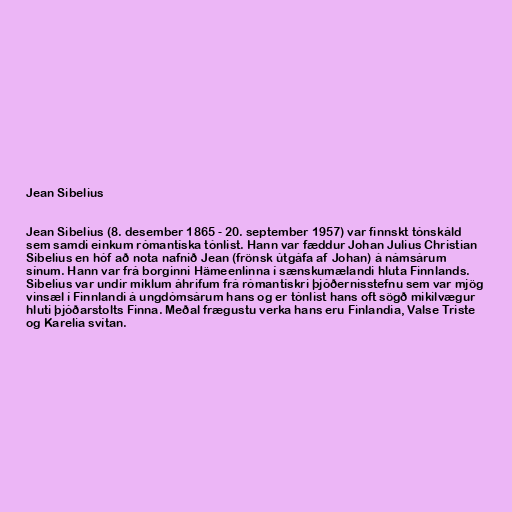
Jean Sibelius

Jean Sibelius (8. desember 1865 - 20. september 1957) var finnskt tónskáld
sem samdi einkum rómantíska tónlist. Hann var fæddur Johan Julius Christian
Sibelius en hóf að nota nafnið Jean (frönsk útgáfa af Johan) á námsárum
sínum. Hann var frá borginni Hämeenlinna í sænskumælandi hluta Finnlands.
Sibelius var undir miklum áhrifum frá rómantískri þjóðernisstefnu sem var mjög
vinsæl í Finnlandi á ungdómsárum hans og er tónlist hans oft sögð mikilvægur
hluti þjóðarstolts Finna. Meðal frægustu verka hans eru Finlandia, Valse Triste
og Karelia svítan.